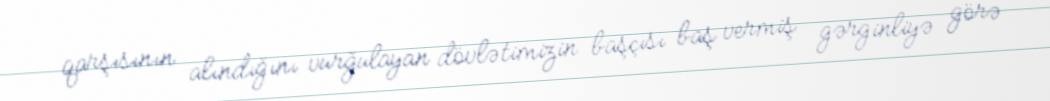
qarşısının alındığını vurğulayan dövlətimizin başçısı baş vermiş gərginliyə görə